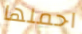
احملها